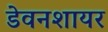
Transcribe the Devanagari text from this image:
डेवनशायर